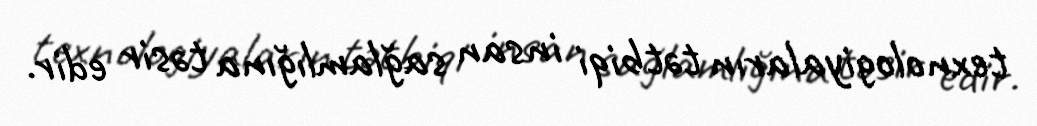
texnologiyaların tətbiqi insan sağlamlığına təsir edir.